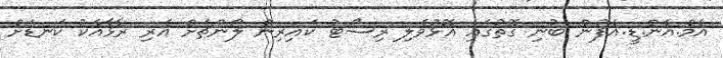
އެމް.އެން.ޑީ.އެފުން ބުނި ގޮތުގައި އޮޅުވެލި ރިސޯޓު ކައިރިން ލޯންޗަށް އެރި ރާޅާއެކު ކަނޑަށް